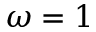
\omega = 1